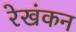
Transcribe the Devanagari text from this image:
रेखंकन